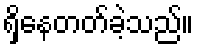
ရှိနေတတ်ခဲ့သည်။